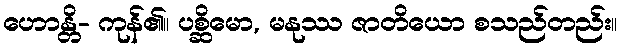
ဟောန္တိ- ကုန်၏။ ပစ္ဆိမော, မနုဿ ဇာတိယော စသည်တည်း။